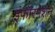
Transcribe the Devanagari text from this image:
इंफॉरमेशन